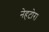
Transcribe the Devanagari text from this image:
नेहटोरा